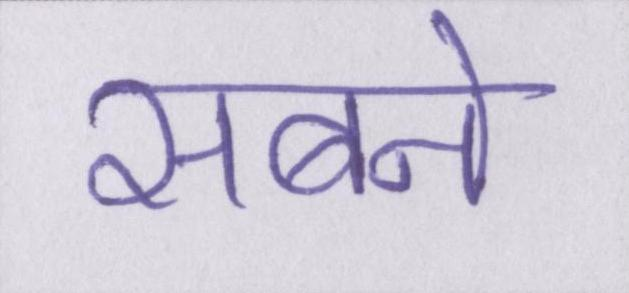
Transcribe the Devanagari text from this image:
सबने